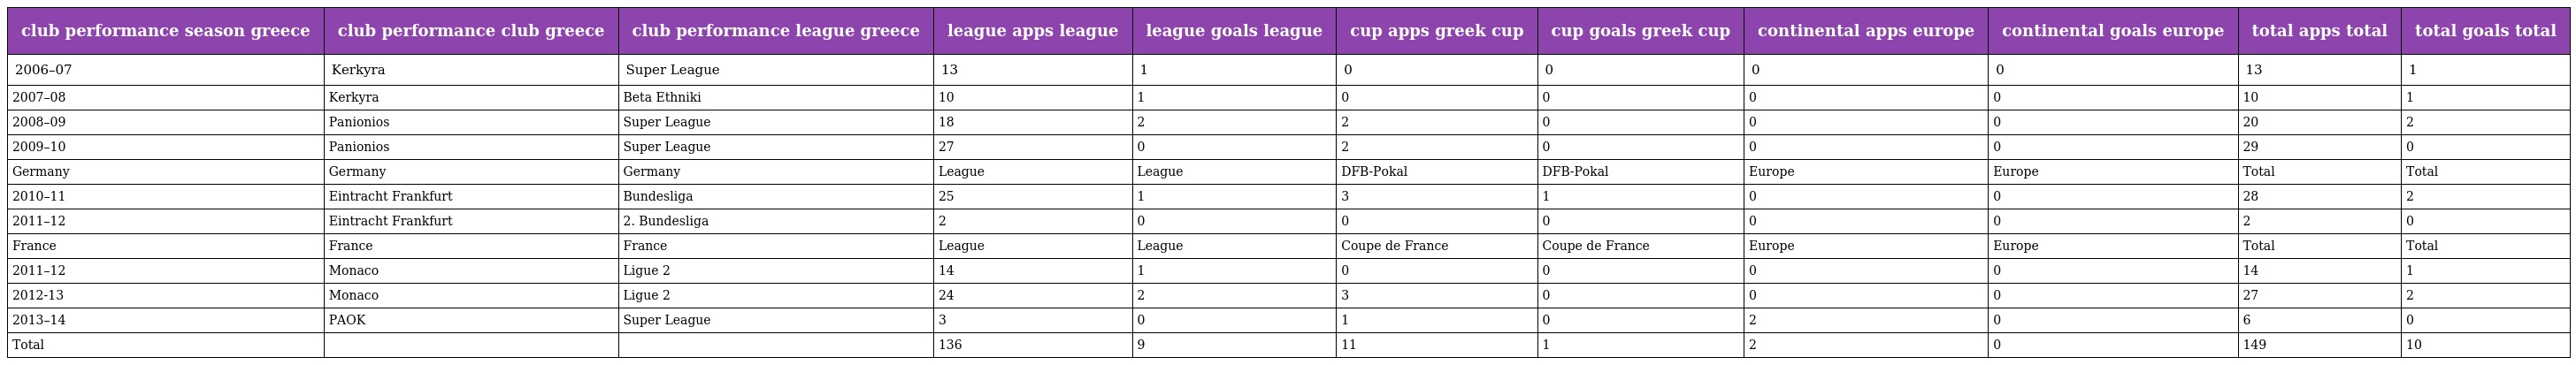
| club performance season greece | club performance club greece | club performance league greece | league apps league | league goals league | cup apps greek cup | cup goals greek cup | continental apps europe | continental goals europe | total apps total | total goals total |
 | --- | --- | --- | --- | --- | --- | --- | --- | --- | --- | --- |
 | 2006–07 | Kerkyra | Super League | 13 | 1 | 0 | 0 | 0 | 0 | 13 | 1 |
 | 2007–08 | Kerkyra | Beta Ethniki | 10 | 1 | 0 | 0 | 0 | 0 | 10 | 1 |
 | 2008–09 | Panionios | Super League | 18 | 2 | 2 | 0 | 0 | 0 | 20 | 2 |
 | 2009–10 | Panionios | Super League | 27 | 0 | 2 | 0 | 0 | 0 | 29 | 0 |
 | Germany | Germany | Germany | League | League | DFB-Pokal | DFB-Pokal | Europe | Europe | Total | Total |
 | 2010–11 | Eintracht Frankfurt | Bundesliga | 25 | 1 | 3 | 1 | 0 | 0 | 28 | 2 |
 | 2011–12 | Eintracht Frankfurt | 2. Bundesliga | 2 | 0 | 0 | 0 | 0 | 0 | 2 | 0 |
 | France | France | France | League | League | Coupe de France | Coupe de France | Europe | Europe | Total | Total |
 | 2011–12 | Monaco | Ligue 2 | 14 | 1 | 0 | 0 | 0 | 0 | 14 | 1 |
 | 2012-13 | Monaco | Ligue 2 | 24 | 2 | 3 | 0 | 0 | 0 | 27 | 2 |
 | 2013–14 | PAOK | Super League | 3 | 0 | 1 | 0 | 2 | 0 | 6 | 0 |
 | Total |  |  | 136 | 9 | 11 | 1 | 2 | 0 | 149 | 10 |